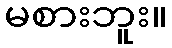
မစားဘူး။